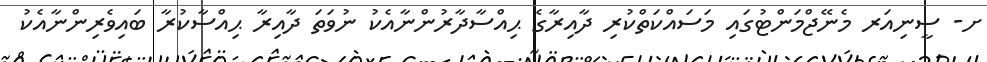
ށ- ސީނިއަރ މެނޭޖްމަންޓުގައި މަސައްކަތްކުރި ދާއިރާގެ ޙިއްސާދާރުންނާއެކު ނުވަތަ ދާއިރާ ޙިއްސާކުރާ ބައިވެރިންނާއެކު